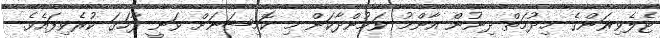
ޓެލެވިޜަންގެ ޚިދުމަތް ދިނުން އާންމު ވަމުންދާކަން މި ކޮމިޝަނަށް ވަނީ ފާހަގަ ކުރެވިފައެވެ.